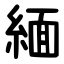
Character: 緬